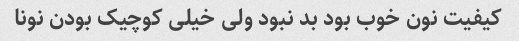
کیفیت نون خوب بود بد نبود ولی خیلی کوچیک بودن نونا